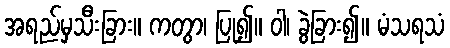
အရည်မှသီးခြား။ ကတွာ၊ ပြု၍။ ဝါ၊ ခွဲခြား၍။ မံသရသံ